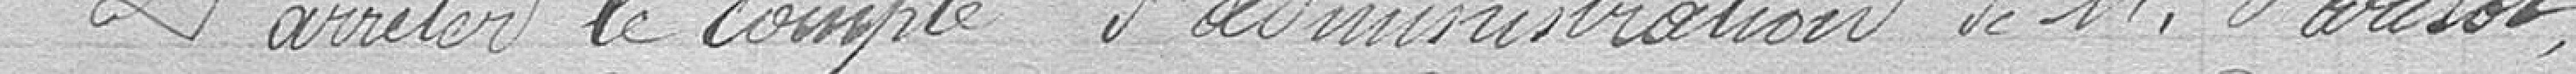
D'arrêter le compte d'administration de M. Parisot,